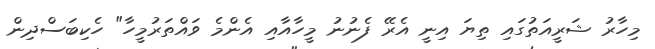
މިހާރު ޝަރީއަތުގައި ތިޔަ އިނީ އެރޭ ފެނުނު މީހާއާއި އެންމެ ވައްތަރުމީހާ" ހެކިބަސްދިން